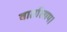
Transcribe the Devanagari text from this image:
वार्तालाप।